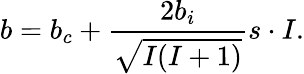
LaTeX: b=b_{c}+{\frac{2b_{i}}{\sqrt{I(I+1)}}}{s}\cdot{I}.